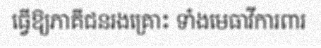
ធ្វើឱ្យភាគីជនរងគ្រោះ ទាំងមេធាវីការពារ